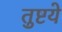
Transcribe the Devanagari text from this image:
तुष्टये